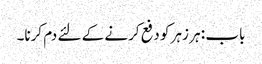
باب : ہر زہر کو دفع کرنے کے لئے دم کرنا۔